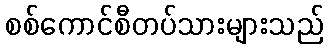
စစ်ကောင်စီတပ်သားများသည်